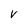
Character: V